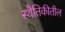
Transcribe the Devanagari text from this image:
स्थैतिकीतील